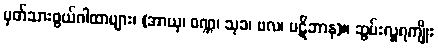
မှတ်သားဖွယ်ဂါထာများ၊ (အာယု၊ ဝဏ္ဏ၊ သုခ၊ ဗလ၊ ပဋိဘာန)။ ဆွမ်းလှူရကျိုး